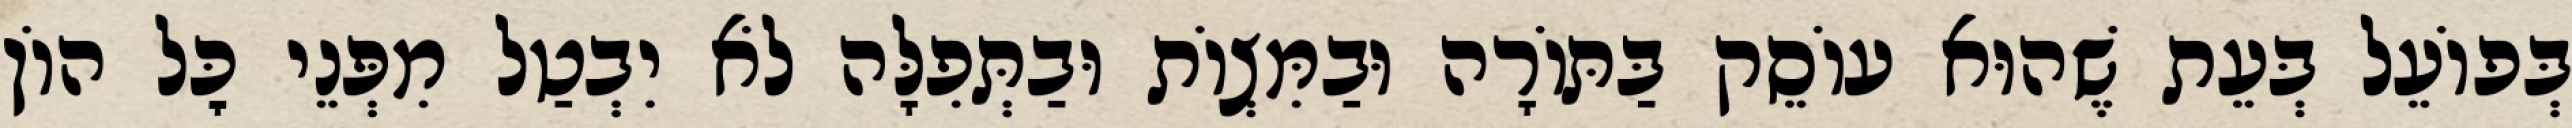
בְּפוֹעֵל בְּעֵת שֶׁהוּא עוֹסֵק בַּתּוֹרָה וּבַמִּצְוֹת וּבַתְּפִלָּה לֹא יִבְטַל מִפְּנֵי כׇּל הוֹן